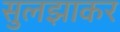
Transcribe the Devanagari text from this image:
सुलझाकर